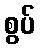
စွပ်